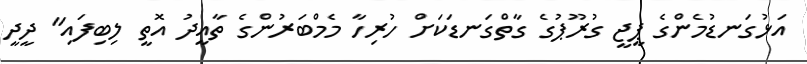
އަޅުގަނޑުމެންގެ ޕީޖީ ގުރޫޕުގެ ގާތްގަނޑަކަށް ހުރިހާ މެމްބަރުންގެ ތާއީދު އޮތީ ލިބިފައި" ދީދީ